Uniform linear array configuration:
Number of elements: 12
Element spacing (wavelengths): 0.75
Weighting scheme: binomial
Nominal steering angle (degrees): -30
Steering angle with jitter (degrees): -29.893
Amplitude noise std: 0.05
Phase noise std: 0.05

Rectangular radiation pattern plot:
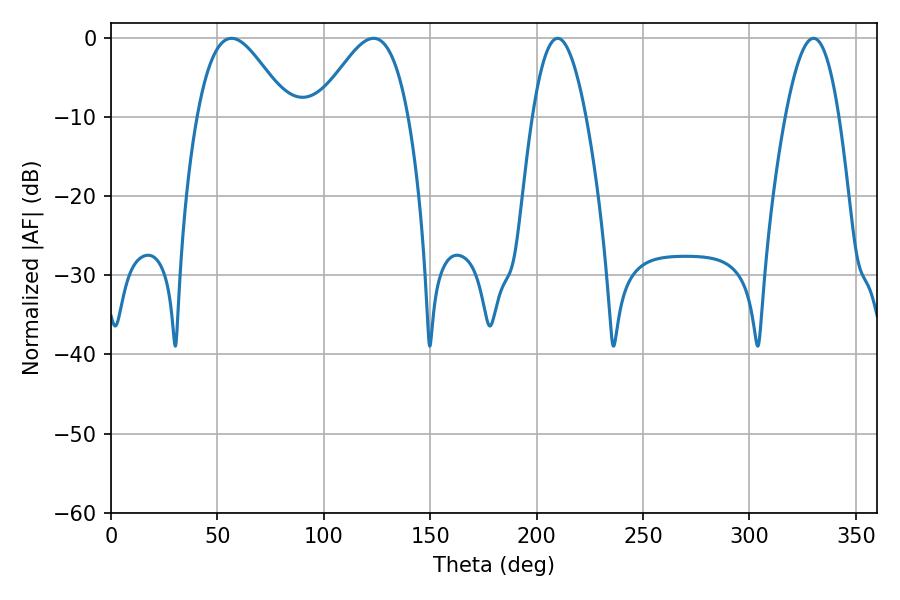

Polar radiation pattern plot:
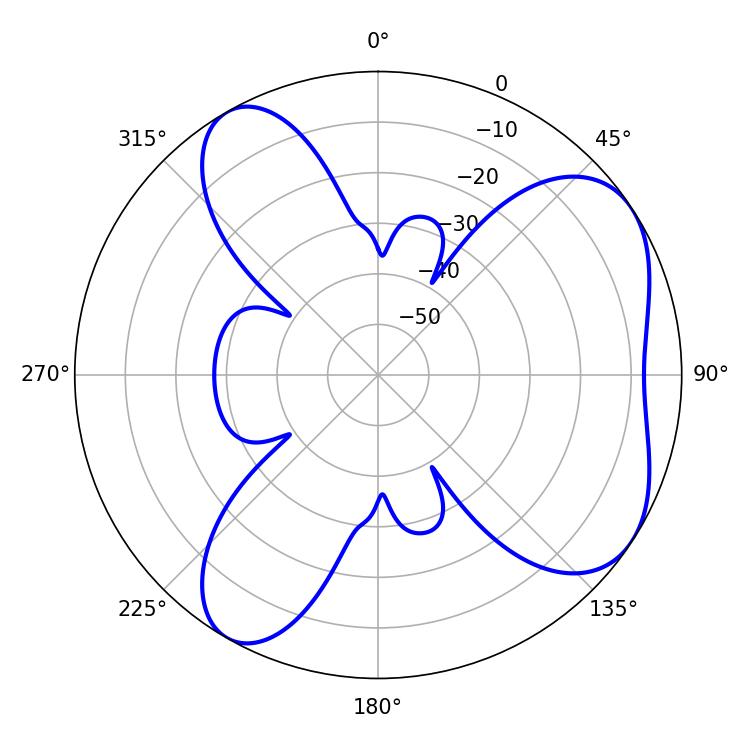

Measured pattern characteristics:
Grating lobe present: TRUE
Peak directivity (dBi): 5.833
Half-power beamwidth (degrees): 13.68
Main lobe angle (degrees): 330.12